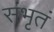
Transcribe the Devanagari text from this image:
संभृतं